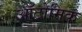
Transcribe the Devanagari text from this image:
ऑटोमिक